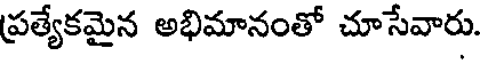
ప్రత్యేకమైన అభిమానంతో చూసేవారు.